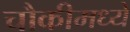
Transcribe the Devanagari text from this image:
चौकीमध्ये